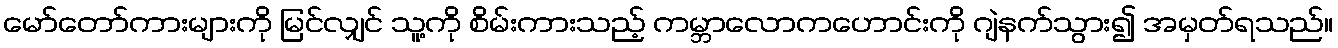
မော်တော်ကားများကို မြင်လျှင် သူ့ကို စိမ်းကားသည့် ကမ္ဘာလောကဟောင်းကို ဂျဲနက်သွား၍ အမှတ်ရသည်။